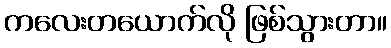
ကလေးတယောက်လို ဖြစ်သွားတာ။